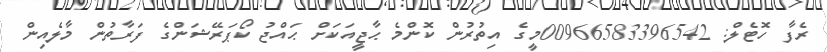
ރެފާ ހޮޓެލް: 00966583396542މީގެ އިތުރުން ކޮންމެ ޙާޖީއަކަށް ޙައްޖު ކޯޕަރޭޝަންގެ ފަރާތުން މާލެއިން